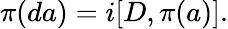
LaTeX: \pi(da)=i[D,\pi(a)].